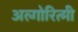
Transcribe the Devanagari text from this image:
अल्गोरित्मी